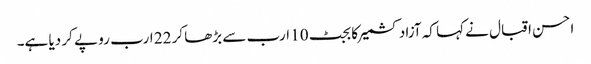
احسن اقبال نے کہا کہ آزاد کشمیر کا بجٹ 10 ارب سے بڑھا کر 22 ارب رو پے کر دیا ہے۔